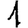
Digit: 1